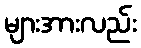
များအားလည်း